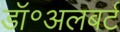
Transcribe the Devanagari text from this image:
डॉ॰अलबर्ट